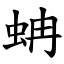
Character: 蚺